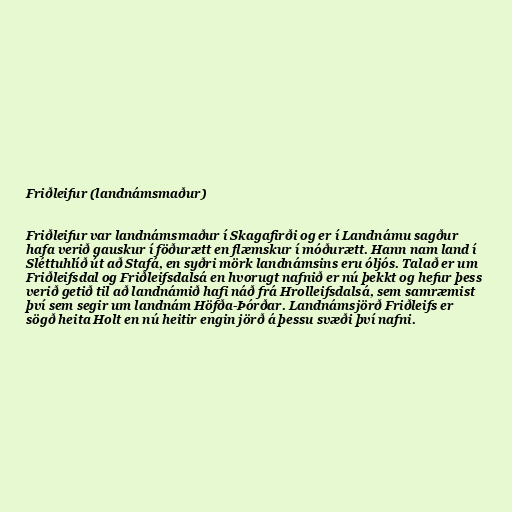
Friðleifur (landnámsmaður)

Friðleifur var landnámsmaður í Skagafirði og er í Landnámu sagður
hafa verið gauskur í föðurætt en flæmskur í móðurætt. Hann nam land í
Sléttuhlíð út að Stafá, en syðri mörk landnámsins eru óljós. Talað er um
Friðleifsdal og Friðleifsdalsá en hvorugt nafnið er nú þekkt og hefur þess
verið getið til að landnámið hafi náð frá Hrolleifsdalsá, sem samræmist
því sem segir um landnám Höfða-Þórðar. Landnámsjörð Friðleifs er
sögð heita Holt en nú heitir engin jörð á þessu svæði því nafni.